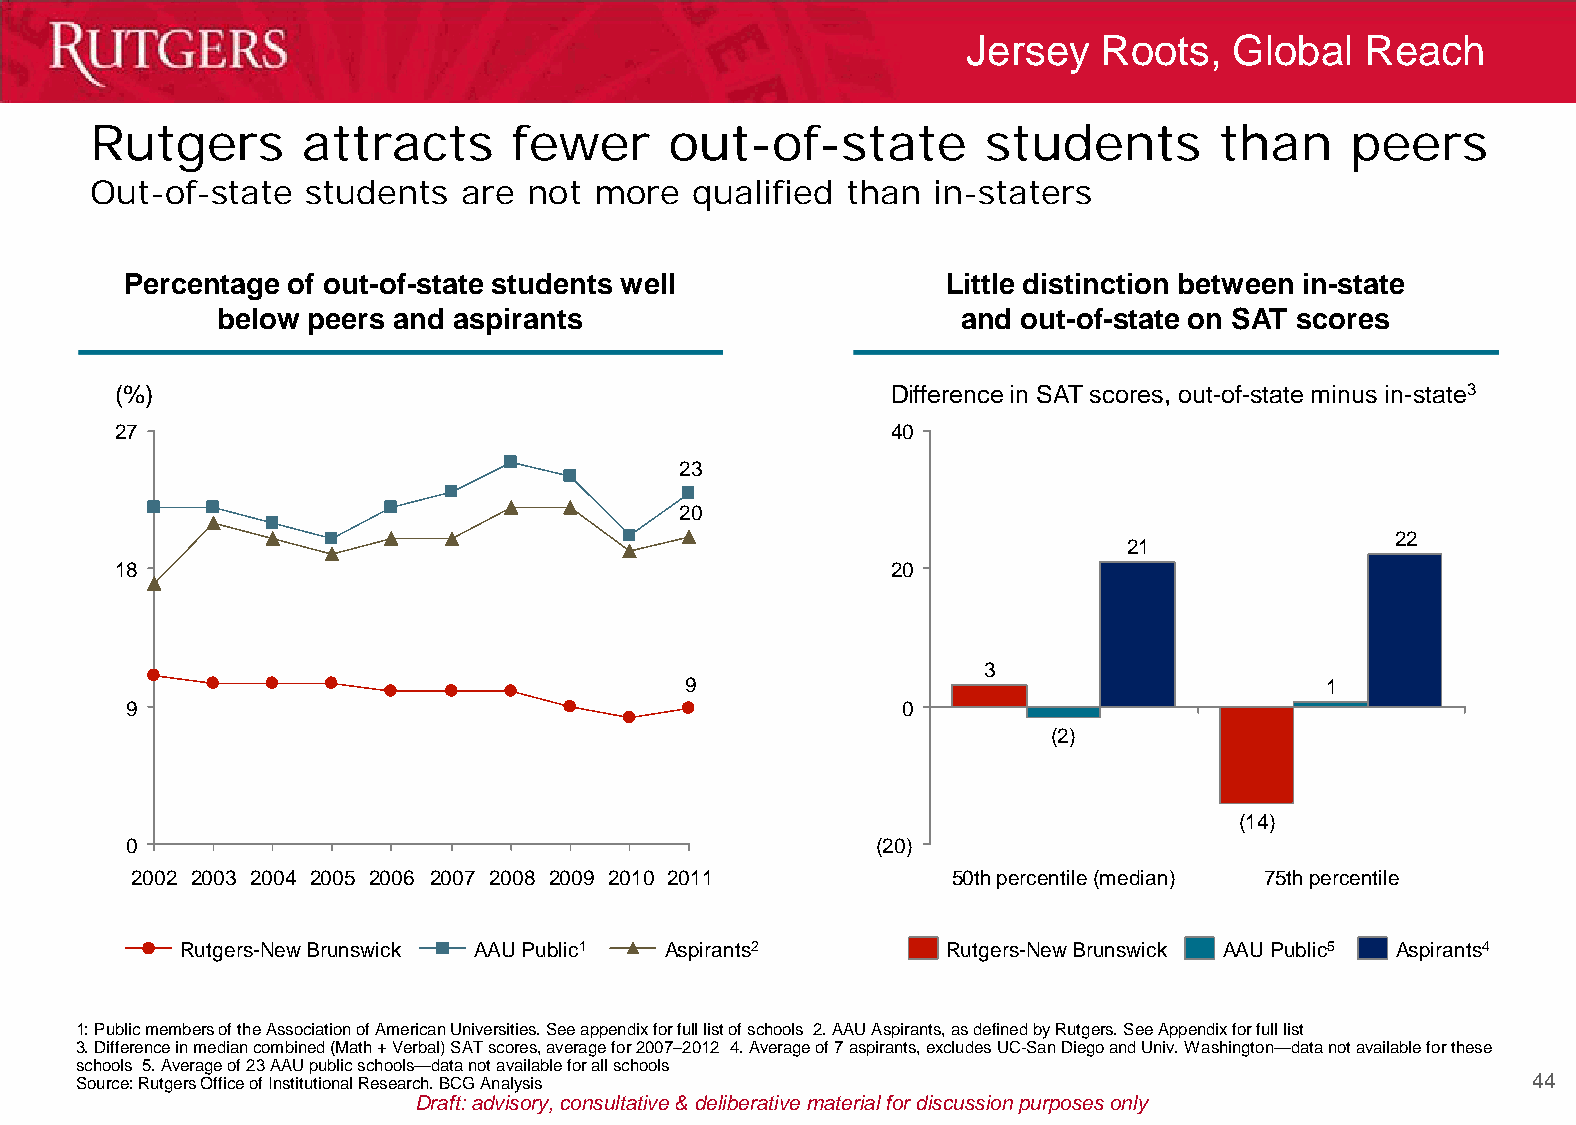
Jersey   Roots,   Global  Reach
 Rutgers       attracts      fewer     out-of-state         students        than    peers
 Out-of-state  students   are not more   qualified than  in-staters
 Percentage of out-of-state students well               Little distinction between in-state
 below peers and aspirants                         and out-of-state on SAT scores
 (%)                                                Difference in SAT scores, out-of-state minus in-state3
 27                                                 40
 23
 20
 22
 21
 18                                                 20
 3
 9                                          1
 9                                                   0
 (2)
 (14)
 0                                                 (20)
 2002 2003 2004 2005 2006 2007 2008 2009 2010 2011     50th percentile (median) 75th percentile
 Rutgers-New Brunswick AAU Public1 Aspirants2       Rutgers-New Brunswick AAU Public5 Aspirants4
 1: Public members of the Association of American Universities. See appendix for full list of schools 2. AAU Aspirants, as defined by Rutgers. See Appendix for full list
 3. Difference in median combined (Math + Verbal) SAT scores, average for 2007–2012 4. Average of 7 aspirants, excludes UC-San Diego and Univ. Washington—data not available for these
 schools 5. Average of 23 AAU public schools—data not available for all schools
 Source: Rutgers Office of Institutional Research. BCG Analysis                                  44
 Draft: advisory, consultative & deliberative material for discussion purposes only